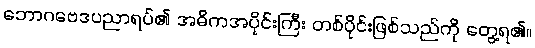
ဘောဂဗေဒပညာရပ်၏ အဓိကအပိုင်းကြီး တစ်ပိုင်းဖြစ်သည်ကို တွေ့ရ၏။